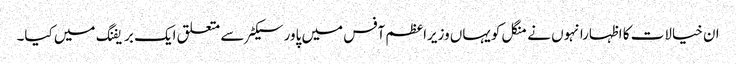
ان خیالات کا اظہارانہوں نے منگل کویہاں وزیراعظم آفس میں پاورسیکٹر سے متعلق ایک بریفنگ میں کیا۔